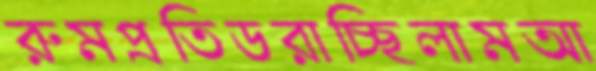
রুমপ্রতিডরাচ্ছিলামআ